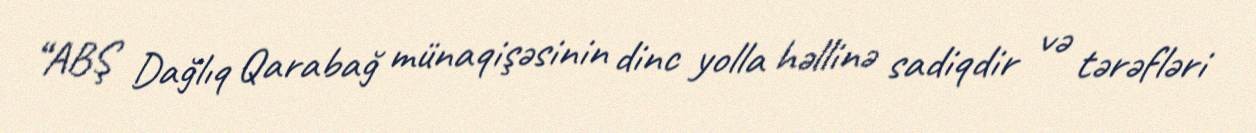
“ABŞ Dağlıq Qarabağ münaqişəsinin dinc yolla həllinə sadiqdir və tərəfləri